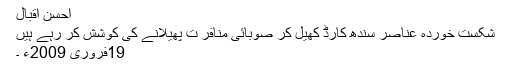
احسن اقبال
شکست خوردہ عناصر سندھ کارڈ کھیل کر صوبائی منافر ت پھیلانے کی کوشش کر رہے ہیں
19فروری 2009ء ۔